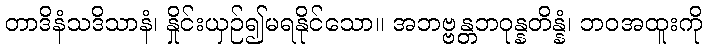
တာဒိနံသဒိသာနံ၊ နှိုင်းယှဉ်၍မရနိုင်သော။ အဘဗ္ဗန္တဘဝုန္နတိန္နံ၊ ဘဝအထူးကို